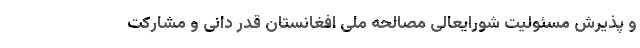
و پذیرش مسئولیت شورایعالی مصالحه ملی افغانستان قدر دانی و مشارکت